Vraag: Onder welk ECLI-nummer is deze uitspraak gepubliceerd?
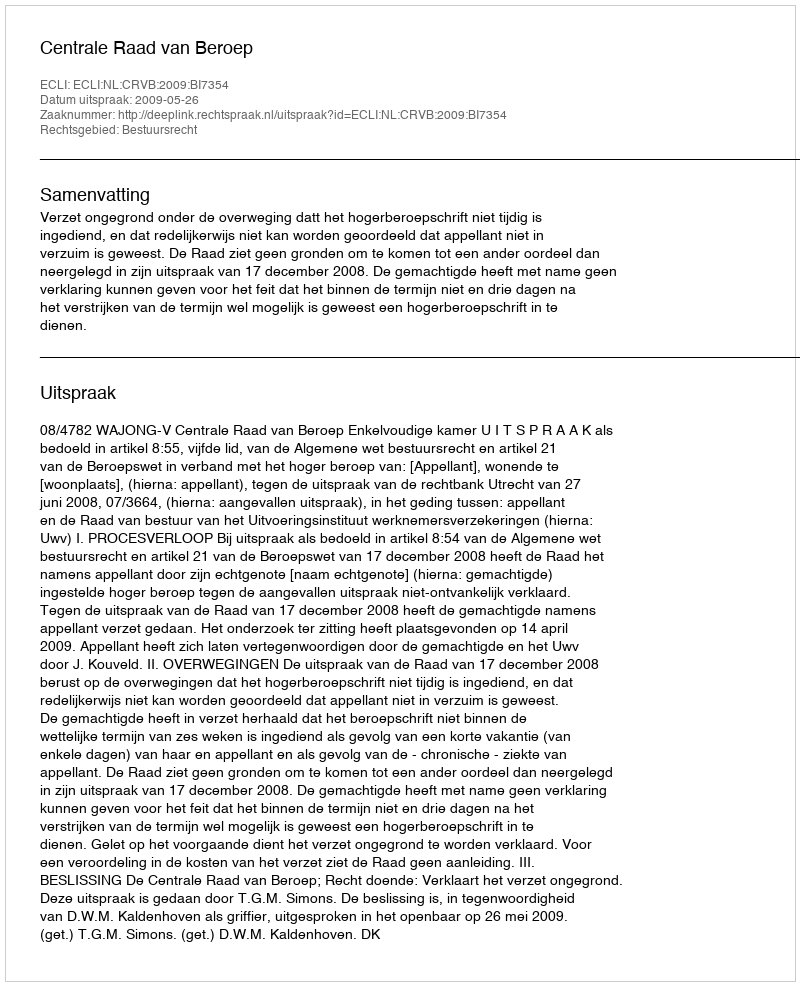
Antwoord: ECLI:NL:CRVB:2009:BI7354